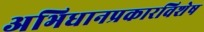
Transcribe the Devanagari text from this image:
अभिधानप्रकारविशेष